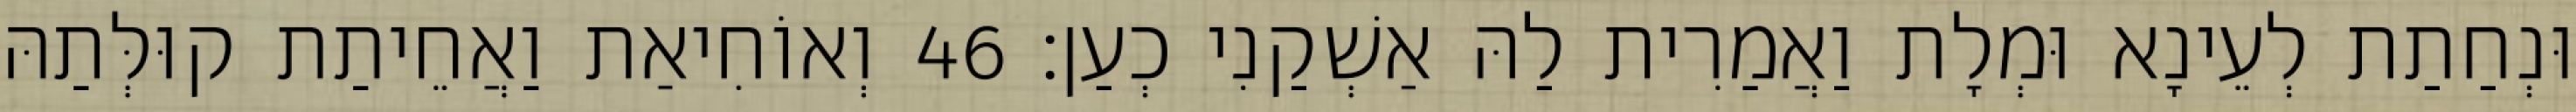
וּנְחַתַת לְעֵינָא וּמְלָת וַאֲמַרִית לַהּ אַשְׁקַנִי כְעַן׃ 46 וְאוֹחִיאַת וַאֲחֵיתַת קוּלְּתַהּ